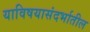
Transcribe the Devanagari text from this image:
याविषयासंदर्भातील